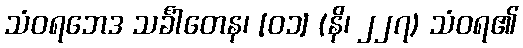
သံဝရဘေဒ သင်္ခါတေန၊ [၀၁] (နိ၊ ၂၂၇) သံဝရ၏